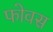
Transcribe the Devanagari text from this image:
फोवस